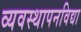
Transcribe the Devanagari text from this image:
व्यवस्थापनविद्या